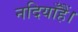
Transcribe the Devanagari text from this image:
नदियाँहैं।